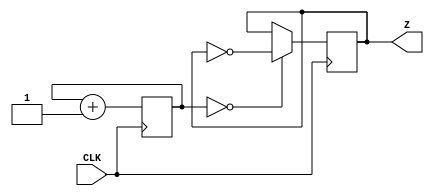
`timescale 1ns / 1ps
//////////////////////////////////////////////////////////////////////////////////
// Company: 
// Engineer: 
// 
// Design Name: 
// Module Name: clk1p5
// Project Name: 
// Target Devices: 
// Tool Versions: 
// Description: 
// 
// Dependencies: 
// 
// Revision:
// Revision 0.01 - File Created
// Additional Comments:
// 
//////////////////////////////////////////////////////////////////////////////////


module clk1p5(
    input CLK,
    output reg Z
);

    reg [25:0] COUNTER;

    always @ (posedge CLK) begin  
    COUNTER <= COUNTER + 1;
    Z <= (COUNTER == 0) ? ~Z : Z;
    end
endmodule